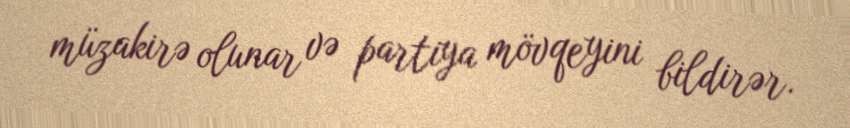
müzakirə olunar və partiya mövqeyini bildirər.